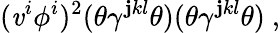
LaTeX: (\mathit{v}^{i}\phi^{i})^{2}(\theta\gamma^{\mathbf{j}kl}\theta)(\theta\gamma^{\mathbf{j}kl}\theta)~,